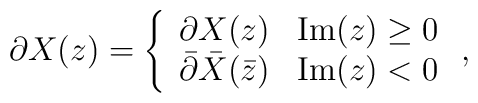
\partial X(z)= \left\{ \begin{array}{ll}                         \partial X(z) & \mbox{Im}(z) \geq 0 \\                         \bar{\partial}\bar{X}(\bar{z}) & \mbox{Im}(z) <                         0                        \end{array} \right.,